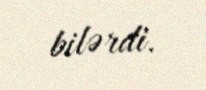
bilərdi.